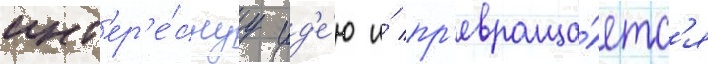
инт'ер'е́снуу ид'е́ю и́ пр'евраща́етс'я